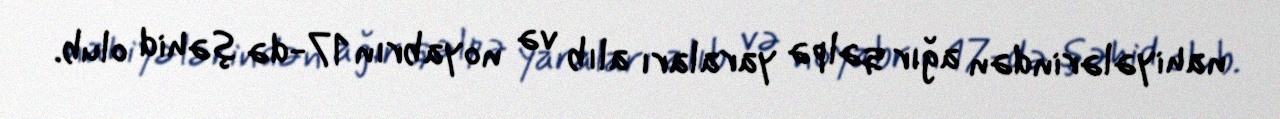
nahiyələrindən ağır qəlpə yaraları alıb və noyabrın 17-də şəhid olub.